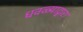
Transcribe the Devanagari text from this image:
धवळ्याद्वारा